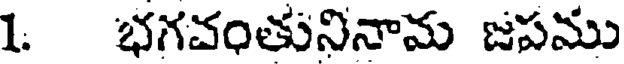
1. భగవంతునినామ జపము